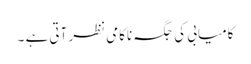
کامیابی کی جگہ ناکامی نظر آتی ہے ۔